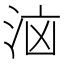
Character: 𭰔